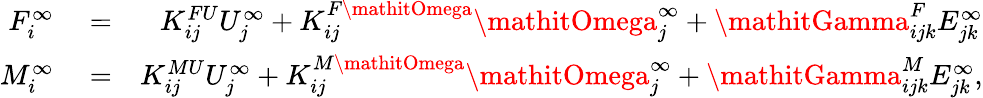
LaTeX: \begin{array}{rlr}{F_{i}^{\infty}}&{{}=}&{K_{ij}^{FU}U_{j}^{\infty}+K_{ij}^{F\mathitOmega}\mathitOmega_{j}^{\infty}+\mathitGamma_{ijk}^{F}E_{jk}^{\infty}}\\ {M_{i}^{\infty}}&{{}=}&{K_{ij}^{MU}U_{j}^{\infty}+K_{ij}^{M\mathitOmega}\mathitOmega_{j}^{\infty}+\mathitGamma_{ijk}^{M}E_{jk}^{\infty},}\end{array}